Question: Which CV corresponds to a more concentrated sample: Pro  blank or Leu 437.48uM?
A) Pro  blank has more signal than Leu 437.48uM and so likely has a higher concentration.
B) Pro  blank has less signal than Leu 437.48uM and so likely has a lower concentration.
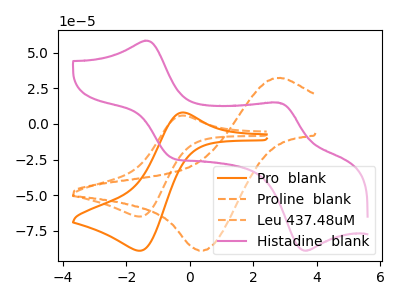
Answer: <think>The orange curve "Pro  blank" has an anodic peak at (-0.25V, 8.05uA) and a cathodic peak at (-1.60V, -88.95uA). The orange dashed curve "Proline  blank" has an anodic peak at (2.70V, 32.25uA) and a cathodic peak at (0.40V, -88.75uA). The orange dashed curve "Leu 437.48uM" has an anodic peak at (-0.25V, 5.85uA) and a cathodic peak at (-1.60V, -64.95uA). The pink curve "Histadine  blank" has anodic peaks at (-1.45V, 58.35uA) (2.80V, 14.95uA) and cathodic peaks at (-0.55V, -23.80uA) (3.65V, -88.85uA).
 All the peaks in "Pro  blank" have a peak in "Leu 437.48uM" at the same potential. Every peak in "Pro  blank" is higher than every peak in "Leu 437.48uM".</think>
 <answer>A) "Pro  blank" has more signal than "Leu 437.48uM" and so likely has a higher concentration.</answer>
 <eval>A</eval>